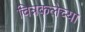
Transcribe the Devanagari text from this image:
चित्रकलेच्‍या